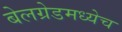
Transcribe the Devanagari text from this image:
बेलग्रेडमध्येच